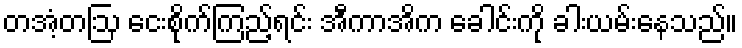
တအံ့တဩ ငေးစိုက်ကြည့်ရင်း အီကာအိက ခေါင်းကို ခါးယမ်းနေသည်။